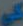
كي